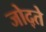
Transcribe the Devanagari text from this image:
जोद्ते